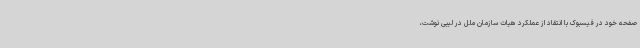
صفحه خود در فیسبوک با انتقاد از عملکرد هیات سازمان ملل در لیبی نوشت،